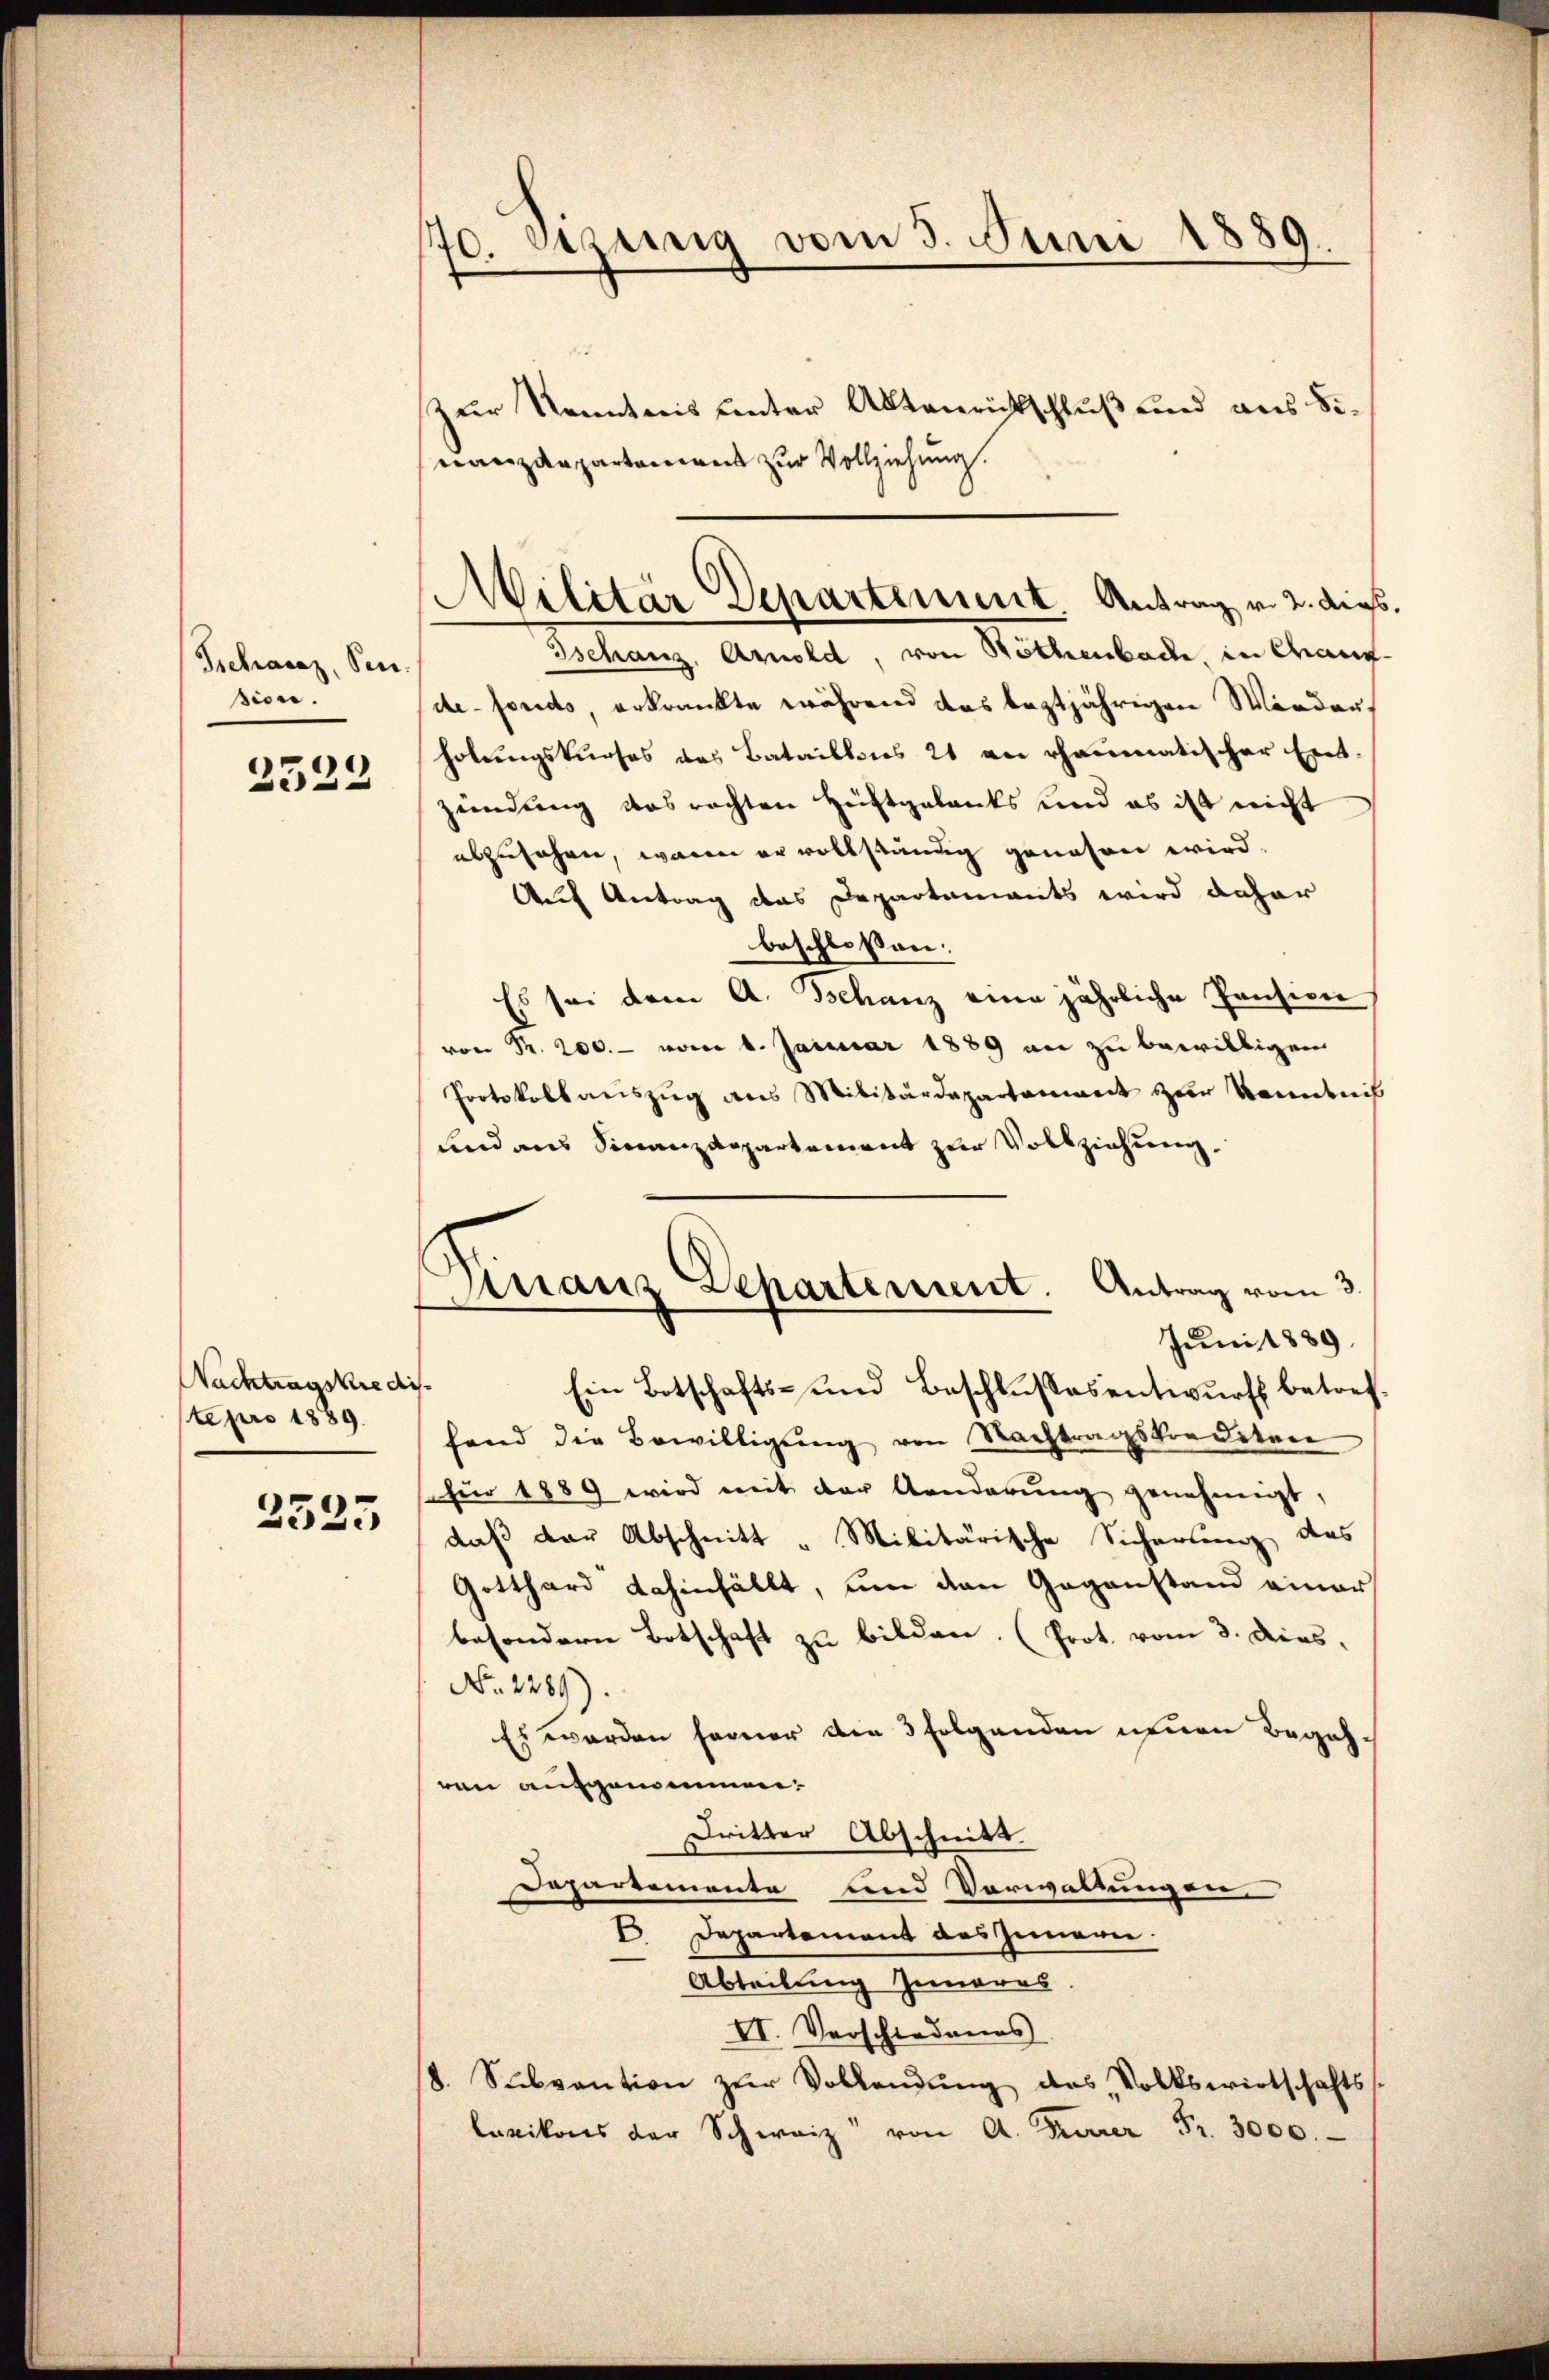
Schanz, Sen
sion.

2522

Nachtragskredi
te pro 1889.
2525

Sitzung vom 5. Juni 1889.
70.

N.
zur Kenntnis unter Aktenrichtschluß und aus Sinanzdepartemens zur Vollziehung.
Tschanz, Arnold, von Röthenbache, in Chaux-
de-Fonds, erkrankte während das leztjährigen Wieder
holungskurses das Bataillons 21 an rheumatischer Ent-
zeindung des rechten Heftgelants und es ist nicht
abzusehen, waren er vollständig genesen wird.
Auf Antrag das Departements wird daher
beschloßen:
Es sei dem A. Schanz eine jährliche Pension
.200. vom 8. Januar 1889 an zu bewilligen
Protokollauszug aus Militärdepartement zur Kenntnis
sind aus Finanzdepartement zur Vollziehung.
Juni 1889.
.
Ein Botschafts- und Beschlŭsses entwŭrf betref
hand die Bewilligŭng von Nachtragskrediten
sfür 1889 wird mit der Aenderŭng genehmigt,
daß der Abschnitt "Militärische Sicherung des
Gotthard dahinfällt, um den Gegenstand einer
besondern Botschaft zu bilden. (Prot. vom 3. dies,
No. 2289).
Es werden ferner die 3 folgenden neuen Begehren aufgenommen.
Dritter Abschnitt.
Departemente und Verwaltungen.
 Departement des Innern.
Abteilung Inneres
VI. Verschiedenes
b. Sŭbvention zŭr Vollendŭng des Volkswirtschafts-
lazions der Schweiz von A. Frauer Fr. 3000.

Militär Departement. Antrag v. 2. digs

naus Departement. Antrag vom 3.